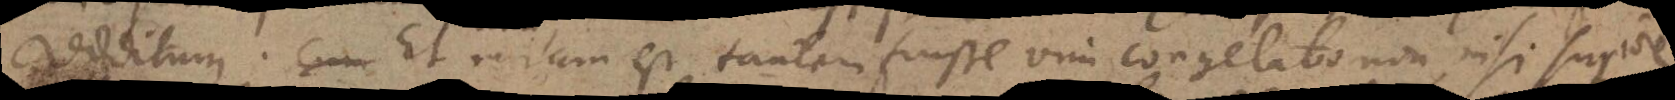
redditum. Cum Et mirum est tantam fuisse vim congelatio non nisi superiore